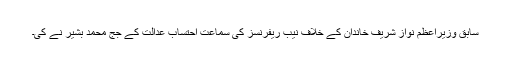
سابق وزیراعظم نواز شریف خاندان کے خلاف نیب ریفرنسز کی سماعت احتساب عدالت کے جج محمد بشیر نے کی۔